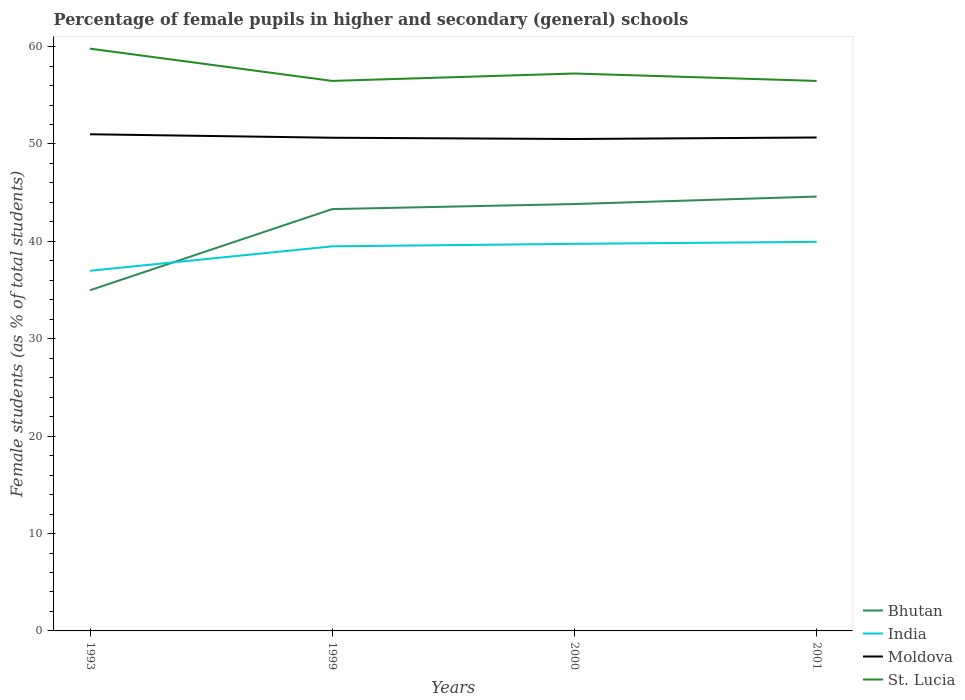
| Years | Bhutan | India | Moldova | St. Lucia |
 | --- | --- | --- | --- | --- |
 | 1993 | 35 | 37 | 51 | 59.8 |
 | 1999 | 43.3 | 39.5 | 50.6 | 56.5 |
 | 2000 | 43.8 | 39.7 | 50.5 | 57.2 |
 | 2001 | 44.6 | 40 | 50.7 | 56.5 |